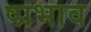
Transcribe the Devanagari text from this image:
ष्प्रभाव